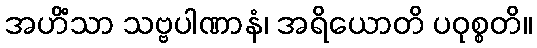
အဟိံသာ သဗ္ဗပါဏာနံ၊ အရိယောတိ ပဝုစ္စတိ။